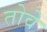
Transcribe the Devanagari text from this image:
तोवे